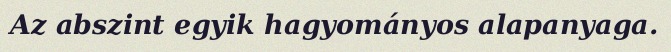
Az abszint egyik hagyományos alapanyaga.